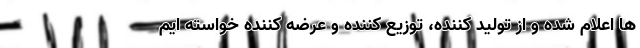
ها اعلام شده و از تولید کننده، توزیع کننده و عرضه کننده خواسته ایم